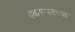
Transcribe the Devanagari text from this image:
एकरूपतेच्या